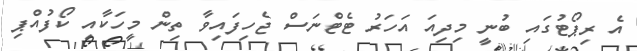
އެ ރިޕޯޓުގައި ބުނީ މިދިއަ އަހަރު ޓެޓްނަސް ޖެހިފައިވާ ތިން މީހަކާއި ކޯފުއްޕި